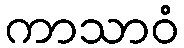
ကာသာဝံ